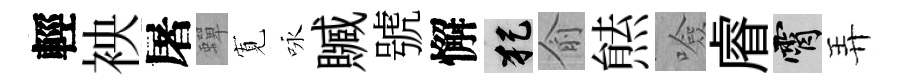
輕䘧屠蟬𡩖咏贓號懈犯俞㷱噞𥈠霄弄